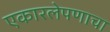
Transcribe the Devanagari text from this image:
एकारलेपणाचा